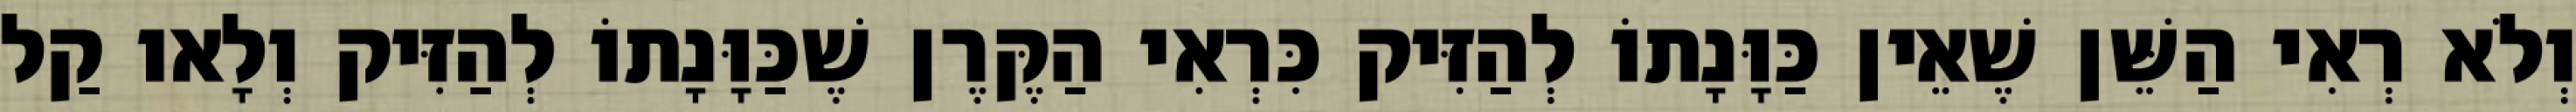
וְלֹא רְאִי הַשֵּׁן שֶׁאֵין כַּוָּנָתוֹ לְהַזִּיק כִּרְאִי הַקֶּרֶן שֶׁכַּוָּנָתוֹ לְהַזִּיק וְלָאו קַל